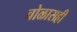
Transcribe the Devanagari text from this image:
चोळासही